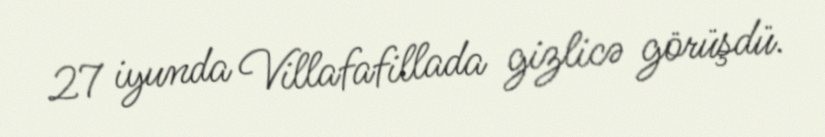
27 iyunda Villafafillada gizlicə görüşdü.